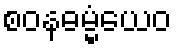
စဝနဓမ္မံယေဝ